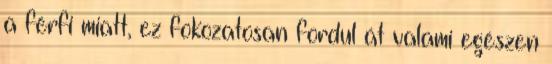
a férfi miatt, ez fokozatosan fordul át valami egészen